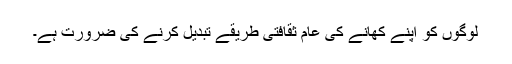
لوگوں کو اپنے کھانے کی عام ثقافتی طریقے تبدیل کرنے کی ضرورت ہے۔